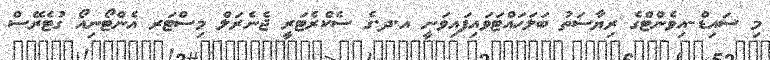
މި ސައިޑް-އިވެންޓްގެ ރިޔާސަތު ބަލަހައްޓަވައިފައިވަނީ އ.ދ.ގެ ސެކްރެޓަރީ ޖެނެރަލް މިސްޓަރ އެންޓޯނިއޯ ގުޓެރޭސް